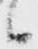
候